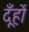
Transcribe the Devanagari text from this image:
दूँहों